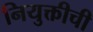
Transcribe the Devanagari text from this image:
नियुक्तीची